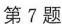
第7题